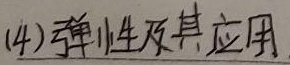
(4) 弹性及其应用